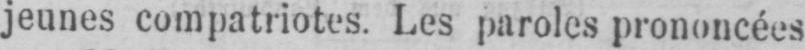
jeunes compatriotes. Les paroles prononcées